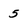
Character: 5